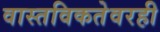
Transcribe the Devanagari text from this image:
वास्तविकतेवरही